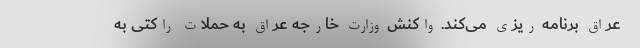
عراق برنامه ریزی می‌کند. واکنش وزارت خارجه عراق به حملات راکتی به